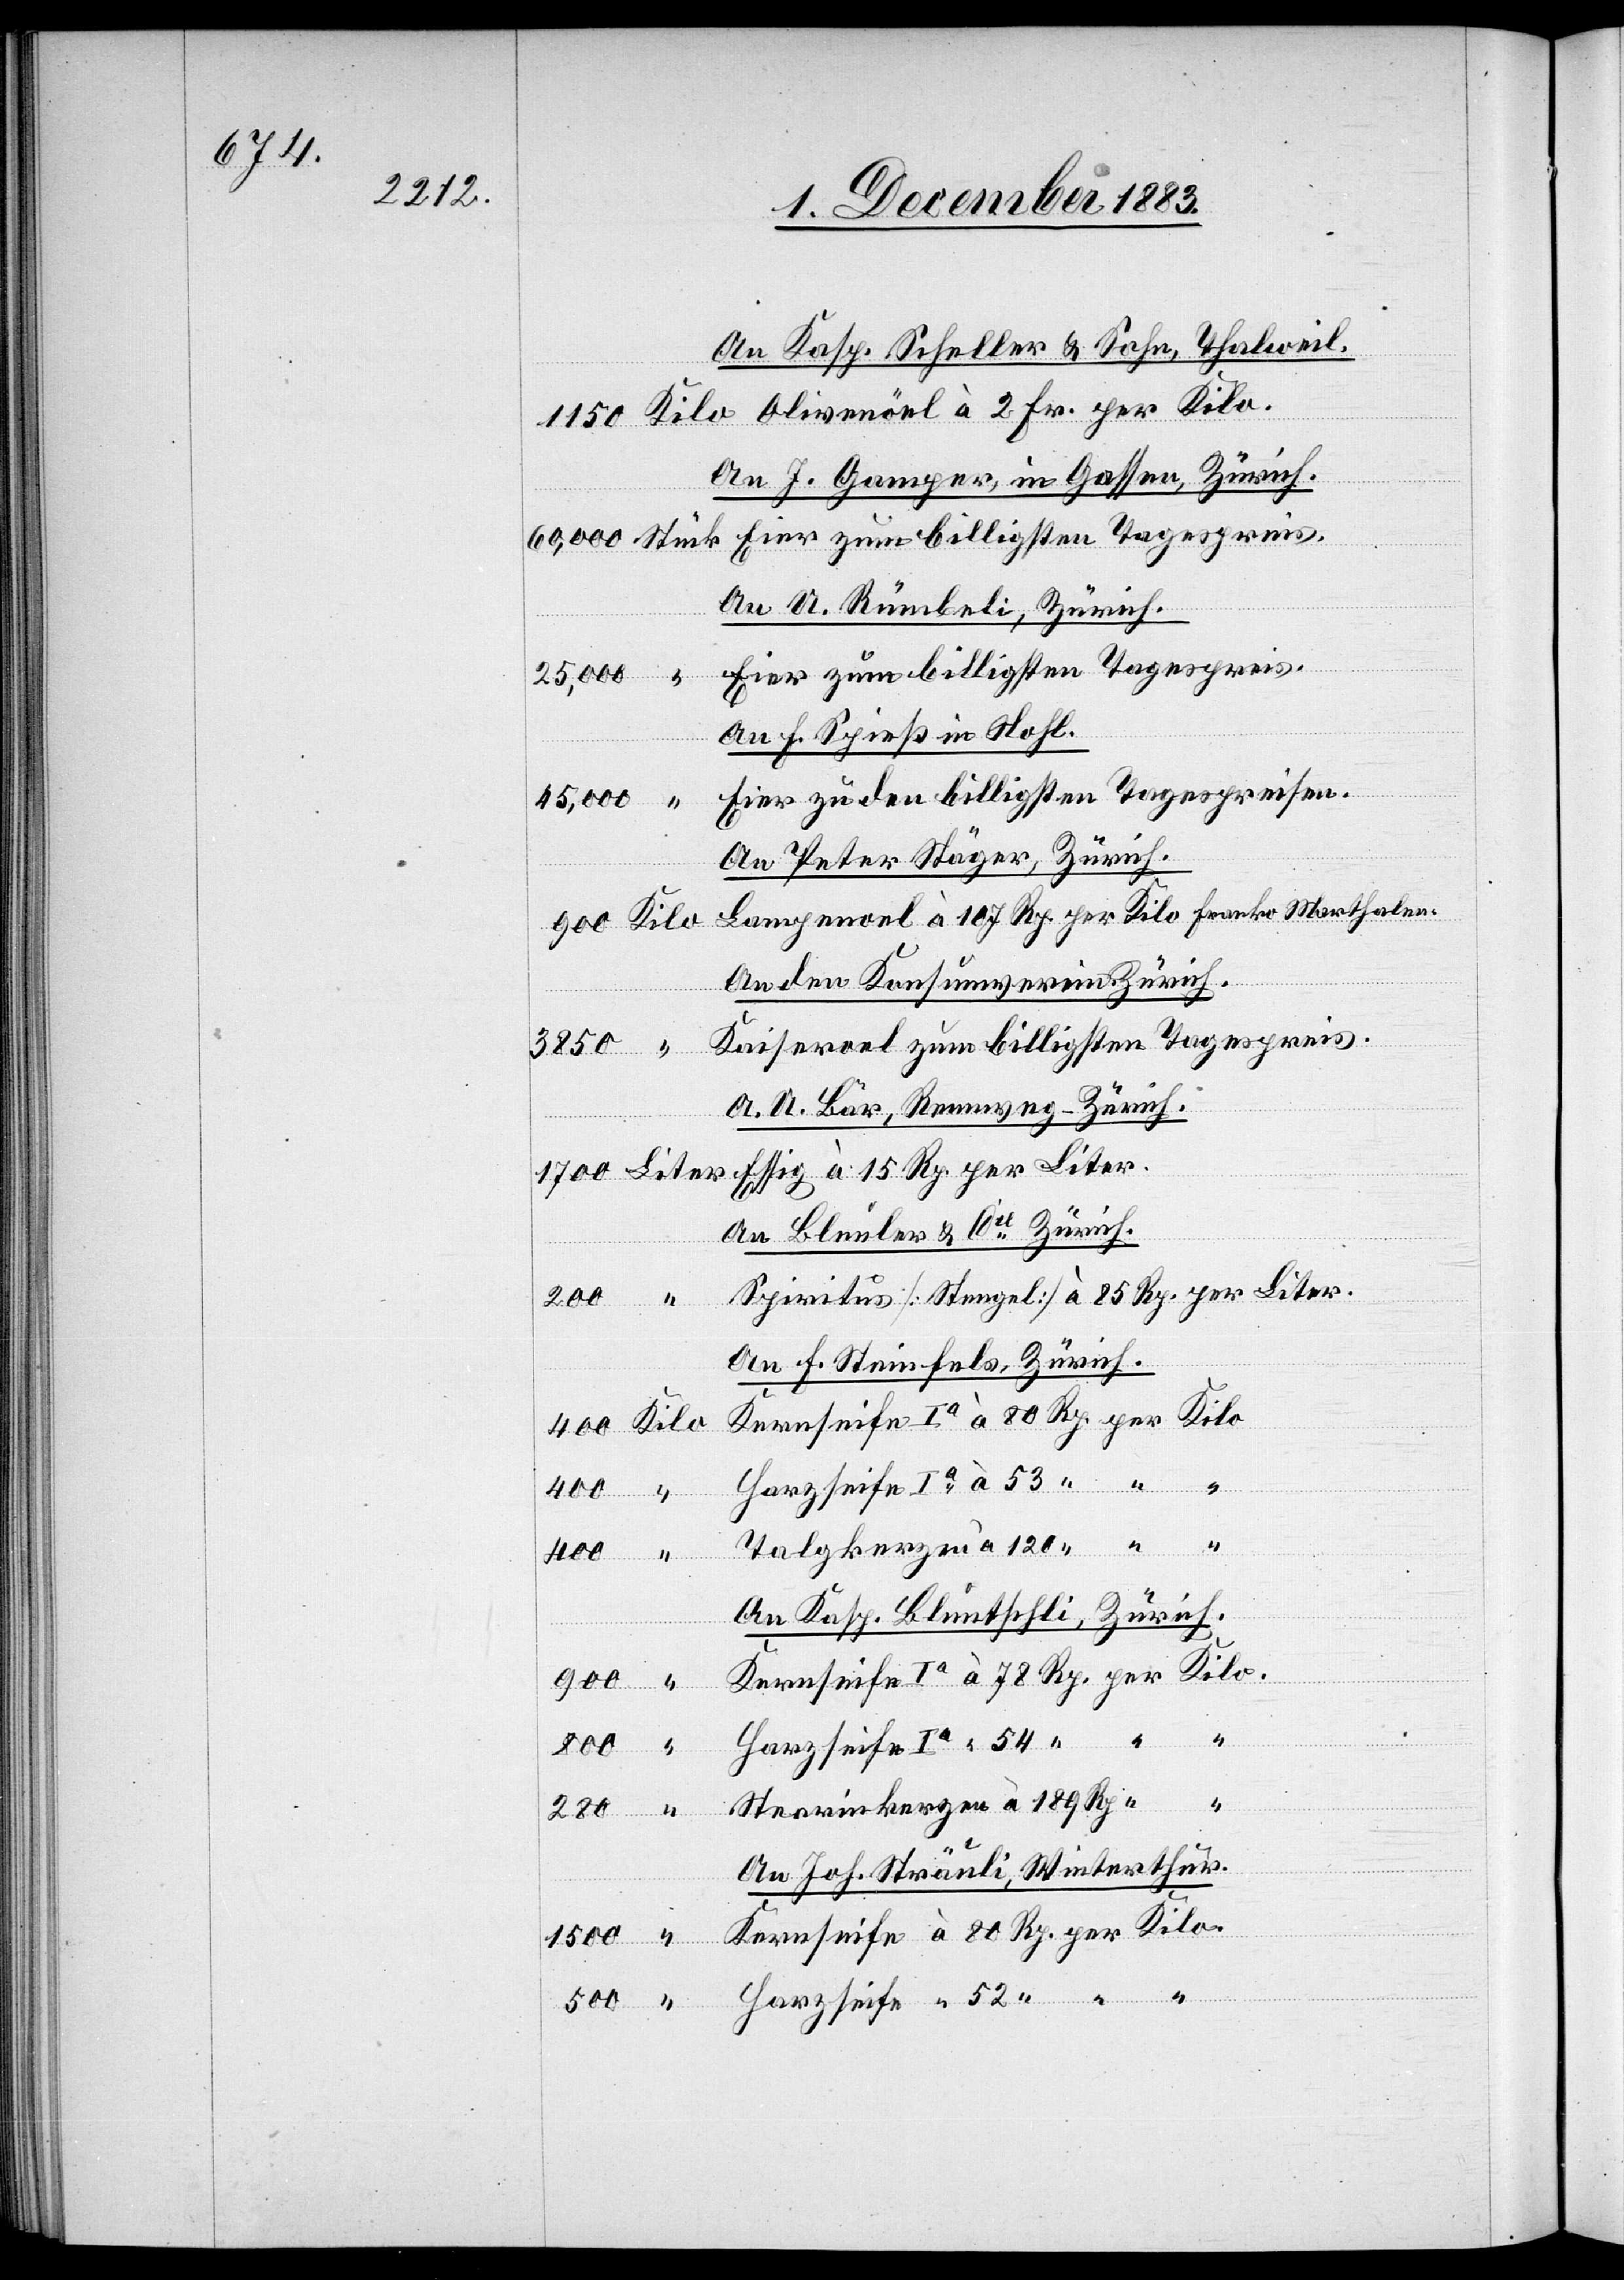
An Kasp. Scheller & Sohn, Thalweil.
An J. Gamper, in Gassen, Zürich.
An A. Rümbeli, Zürich.
Eier zum billigsten Tagespreis.
25,000
An F. Spieß in Nohl.
Eier zu den billigsten Tagespreisen.
45,000
An Peter Stäger, Zürich.
An den Konsumverein Zürich.
Kaiseroel zum billigsten Tagespreis.
A. A. Bär, Rennweg - Zürich.
An Bleuler & Cie Zürich.
An F. Steinfels, Zürich.
zen
“
400
“
52
An Kasp. Bluntschli, Zürich.
Harzseife Ia
“
per
An Joh. Sträuli, Winterthur.